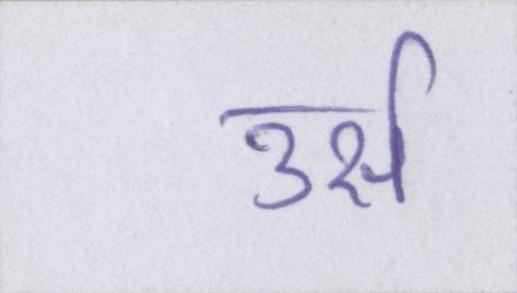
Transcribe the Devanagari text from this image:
उर्स